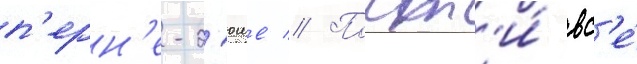
п'ерн'е-д'юше // Почт'и́ вс'е́